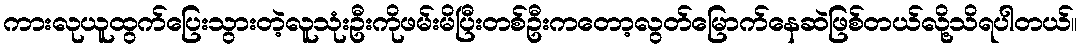
ကားလုယူထွက်ပြေးသွားတဲ့လူသုံးဦးကိုဖမ်းမိပြီးတစ်ဦးကတော့လွတ်မြောက်နေဆဲဖြစ်တယ်လို့သိရပါတယ်။